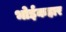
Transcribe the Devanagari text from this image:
भोईकहार